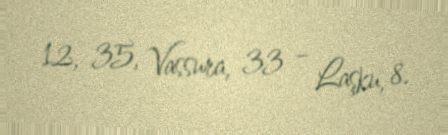
12, 35, Vassura, 33 – Laşku, 8.